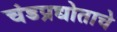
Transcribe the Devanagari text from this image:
चंडप्रद्योताचे